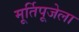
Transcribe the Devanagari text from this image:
मूर्तिपूजेला